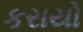
કરાયો